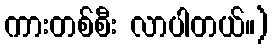
ကားတစ်စီး လာပါတယ်။)